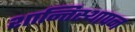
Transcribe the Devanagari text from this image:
शान्तिस्थापन